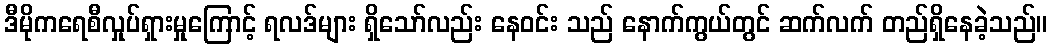
ဒီမိုကရေစီလှုပ်ရှားမှုကြောင့် ရလဒ်များ ရှိသော်လည်း နေဝင်း သည် နောက်ကွယ်တွင် ဆက်လက် တည်ရှိနေခဲ့သည်။